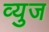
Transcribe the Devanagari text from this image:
व्युज